Lunatic asylums Central Provinces reports 1895-1909 - 1895-1909
Year: 1895
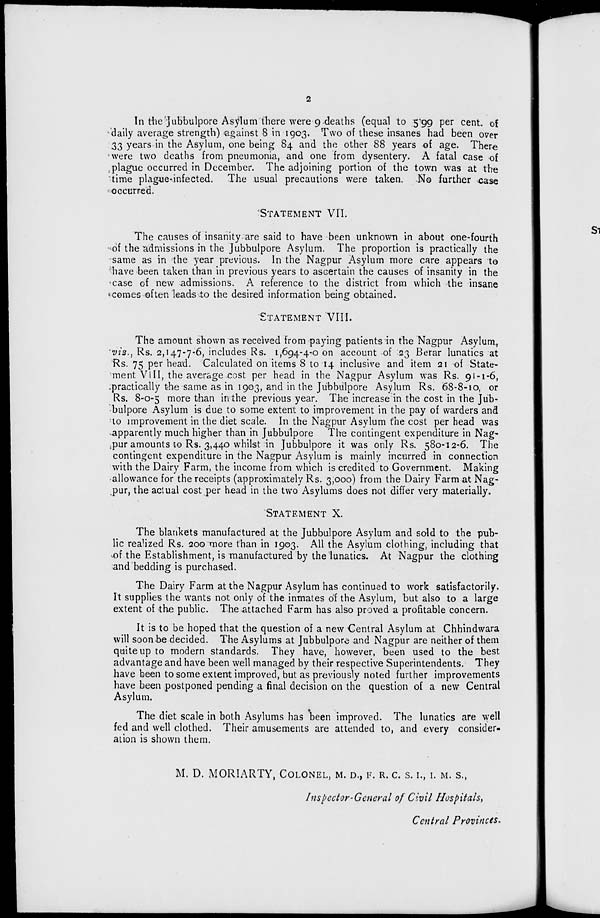
2
In the Jubbulpore Asylum there were 9 deaths (equal to 5.99 per cent. of
daily average strength) against 8 in 1903. Two of these insanes had been over
33 years in the Asylum, one being 84 and the other 88 years of age. There
were two deaths from pneumonia, and one from dysentery. A fatal case of
plague occurred in December. The adjoining portion of the town was at the
time plague-infected.
The usual precautions were taken. No further case
occurred.
STATEMENT VII.
The causes of insanity are said to have been unknown in about one-fourth
of the admissions in the Jubbulpore Asylum. The proportion is practically the
same as in the year previous. In the Nagpur Asylum more care appears to
have been taken than in previous years to ascertain the causes of insanity in the
case of new admissions. A reference to the district from which the insane
comes often leads to the desired information being obtained.
STATEMENT VIII.
The amount shown as received from paying patients in the Nagpur Asylum,
viz., Rs. 2,147-7-6, includes Rs. 1,694-4-0 on account of 23 Berar lunatics at
Rs. 75 per head. Calculated on items 8 to 14 inclusive and item 21 of State-
ment VIII, the average cost per head in the Nagpur Asylum was Rs. 91-1-6,
practically the same as in 1903, and in the Jubbulpore Asylum Rs. 68-8-10, or
Rs. 8-0-5 more than in the previous year. The increase in the cost in the Jub-
bulpore Asylum is due to some extent to improvement in the pay of warders and
to improvement in the diet scale. In the Nagpur Asylum the cost per head was
apparently much higher than in Jubbulpore The contingent expenditure in Nag-
pur amounts to Rs. 3,440 whilst in Jubbulpore it was only Rs. 580-12-6. The
contingent expenditure in the Nagpur Asylum is mainly incurred in connection
with the Dairy Farm, the income from which is credited to Government. Making
allowance for the receipts (approximately Rs. 3,000) from the Dairy Farm at Nag-
pur, the actual cost per head in the two Asylums does not differ very materially.
STATEMENT X.
The blankets manufactured at the Jubbulpore Asylum and sold to the pub-
lic realized Rs. 200 more than in 1903. All the Asylum clothing, including that
of the Establishment, is manufactured by the lunatics. At Nagpur the clothing
and bedding is purchased.
The Dairy Farm at the Nagpur Asylum has continued to work satisfactorily.
It supplies the wants not only of the inmates of the Asylum, but also to a large
extent of the public. The attached Farm has also proved a profitable concern.
It is to be hoped that the question of a new Central Asylum at Chhindwara
will soon be decided. The Asylums at Jubbulpore and Nagpur are neither of them
quite up to modern standards. They have, however, been used to the best
advantage and have been well managed by their respective Superintendents. They
have been to some extent improved, but as previously noted further improvements
have been postponed pending a final decision on the question of a new Central
Asylum.
The diet scale in both Asylums has been improved. The lunatics are well
fed and well clothed. Their amusements are attended to, and every consider-
ation is shown them.
M. D. MORIARTY, COLONEL, M. D., F. R. C. S. I., I. M. S.,
Inspector-General of Civil Hospitals,
Central Provinces.